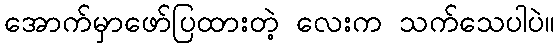
အောက်မှာဖော်ပြထားတဲ့ လေးက သက်သေပါပဲ။